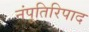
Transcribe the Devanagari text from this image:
नंपूतिरिपाद